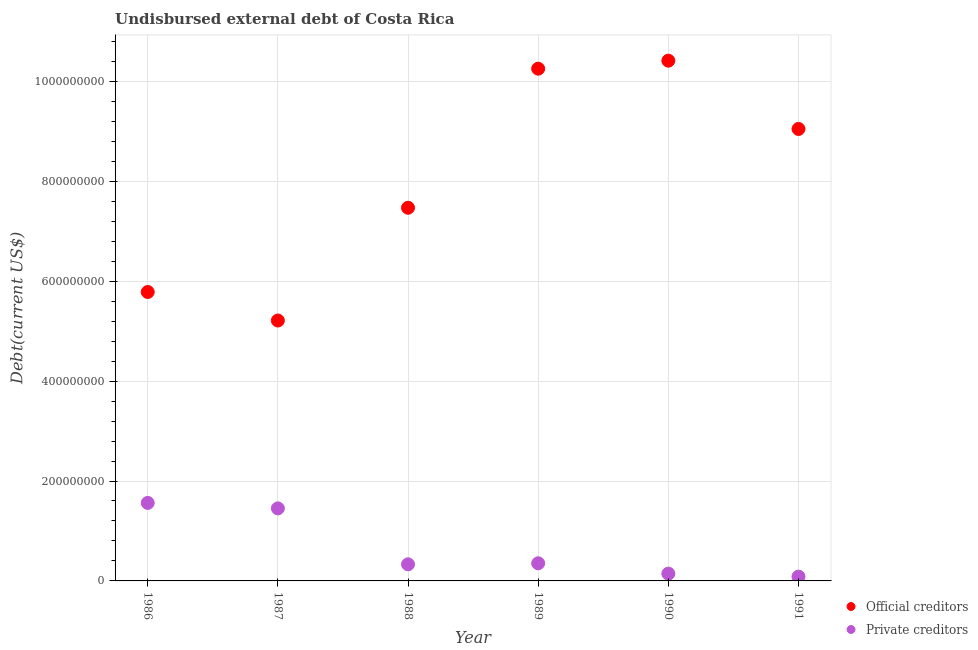
| Year | Official creditors | Private creditors |
 | --- | --- | --- |
 | 1986 | 5.78e+08 | 1.56e+08 |
 | 1987 | 5.21e+08 | 1.45e+08 |
 | 1988 | 7.47e+08 | 3.32e+07 |
 | 1989 | 1.03e+09 | 3.53e+07 |
 | 1990 | 1.04e+09 | 1.46e+07 |
 | 1991 | 9.05e+08 | 8.56e+06 |